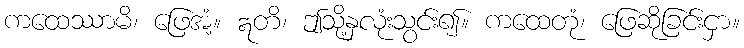
ကထေဿာမိ၊ ဖြေအံ့။ ဣတိ၊ ဤသို့နှလုံးသွင်း၍။ ကထေတုံ၊ ဖြေဆိုခြင်းငှာ။